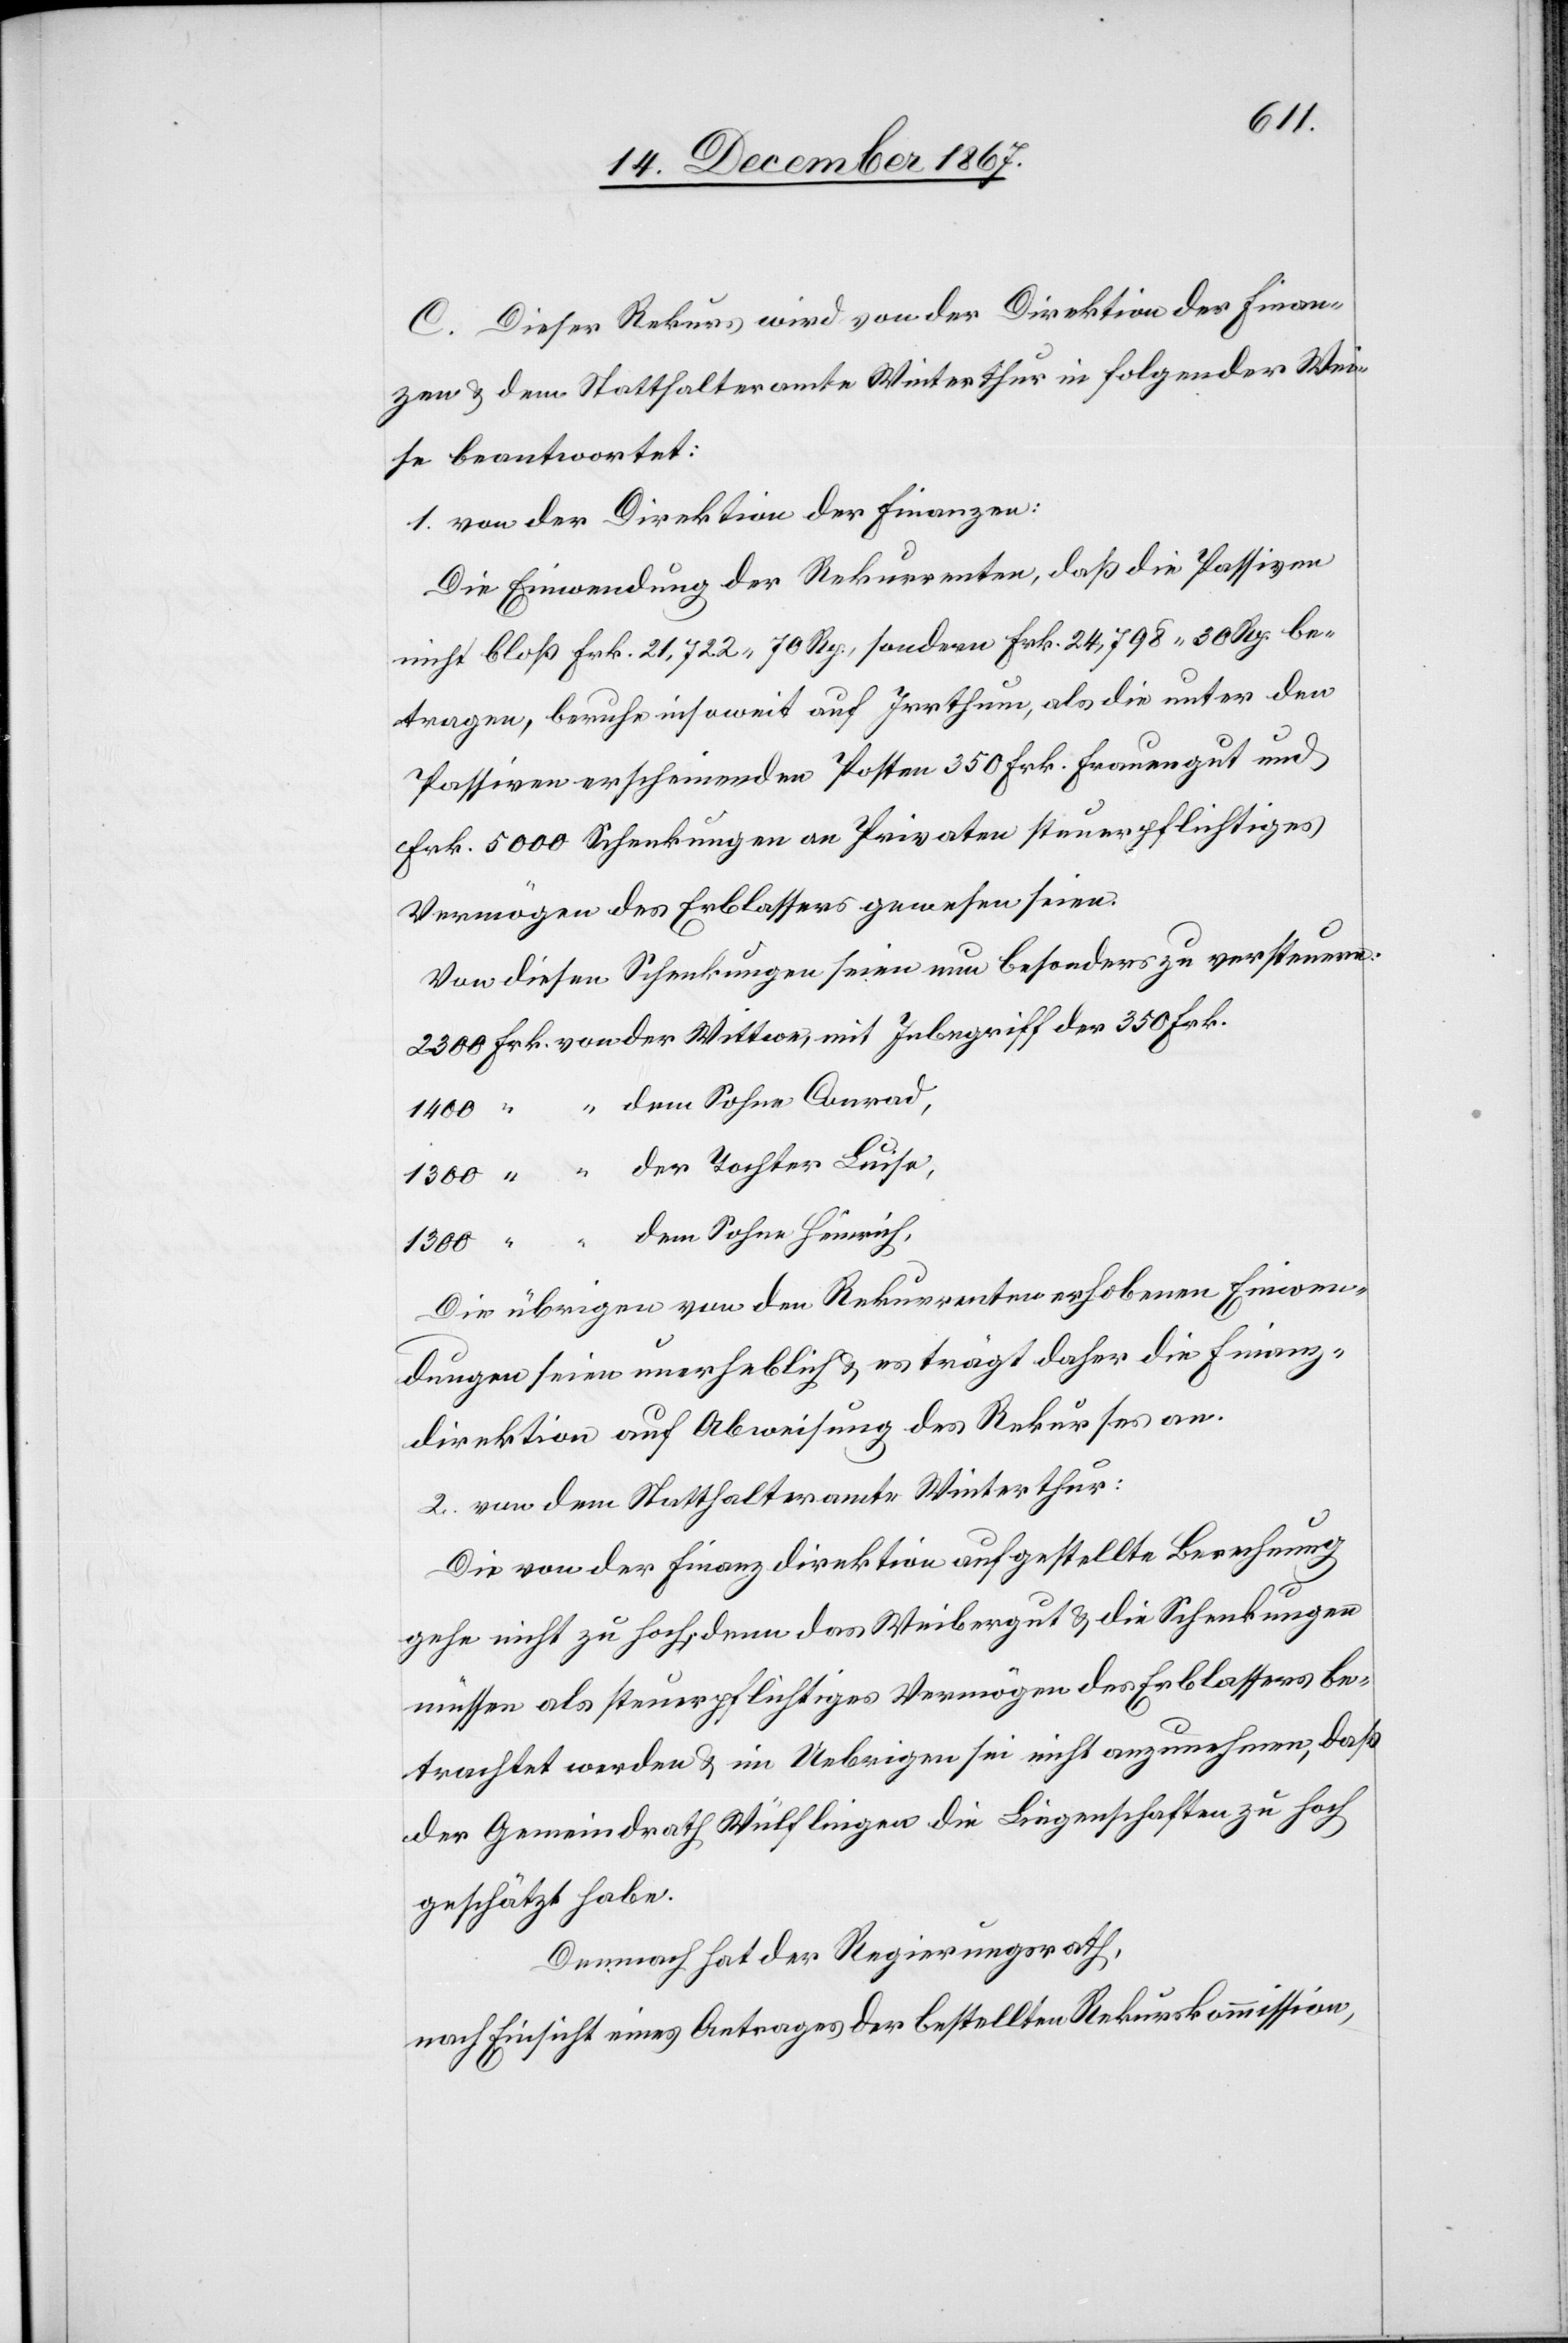
C. Dieser Rekurs wird von der Direktion der Finan¬
zen u. dem Statthalteramte Winterthur in folgender Wei¬
se beantwortet:
1. von der Direktion der Finanzen:
Die Einwendung der Rekurrenten, daß die Passiven
nicht bloß Frk. 21,722 70 Rp., sondern Frk. 24,798 30 Rp. be¬
tragen, beruhe insoweit auf Irrthum, als die unter den
Passiven erscheinenden Posten 350 Frk. Frauengut und
Frk. 5000 Schenkungen an Privaten steuerpflichtiges
Vermögen des Erblassers gewesen seien.
Von diesen Schenkungen seien nun besonders zu versteuern:
Die übrigen von den Rekurrenten erhobenen Einwen¬
dungen seien unerheblich u. es trägt daher die Finanz¬
direktion auf Abweisung des Rekurses an.
2. von dem Statthalteramte Winterthur:
Die von der Finanzdirektion aufgestellte Berechnung
gehe nicht zu hoch, denn das Weibergut u. die Schenkungen
müssen als steuerpflichtiges Vermögen des Erblassers be¬
trachtet werden u. im Uebrigen sei nicht anzunehmen, daß
der Gemeindrath Wülflingen die Liegenschaften zu hoch
geschätzt habe.
Demnach hat der Regierungsrath,
nach Einsicht eines Antrages der bestellten Rekurskommission,